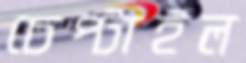
চেপ্‌টাইল